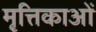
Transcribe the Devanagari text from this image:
मृत्तिकाओं